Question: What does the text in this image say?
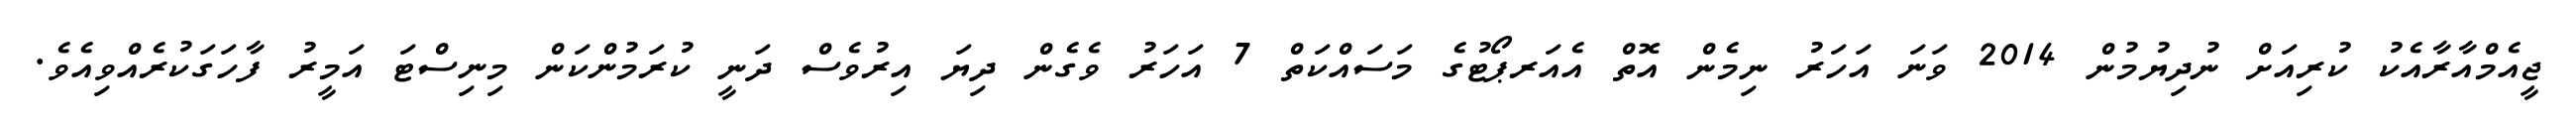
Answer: ޖީއެމްއާރާއެކު ކުރިއަށް ނުދިޔުމުން 2014 ވަނަ އަހަރު ނިމެން އޮތް އެއަރޕޯޓުގެ މަސައްކަތް 7 އަހަރު ވެގެން ދިޔަ އިރުވެސް ދަނީ ކުރަމުންކަން މިނިސްޓަ އަމީރު ފާހަގަކުރެއްވިއެވެ.